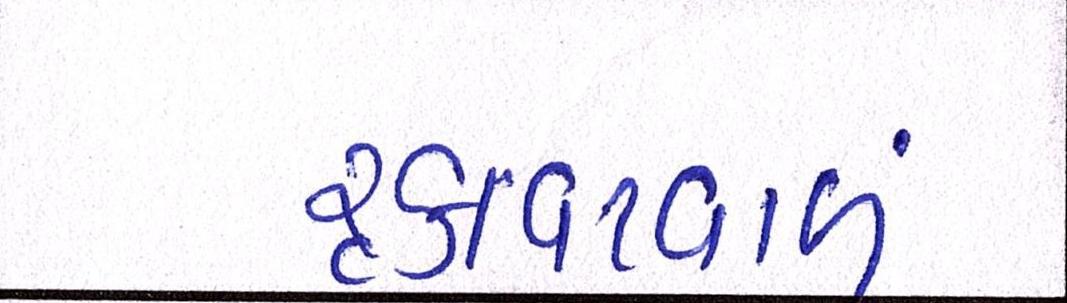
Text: રૃકાવટવાળું